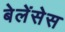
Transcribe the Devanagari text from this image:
बेलेंसेस